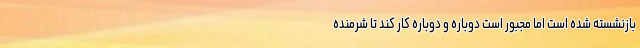
بازنشسته شده است اما مجبور است دوباره و دوباره کار کند تا شرمنده